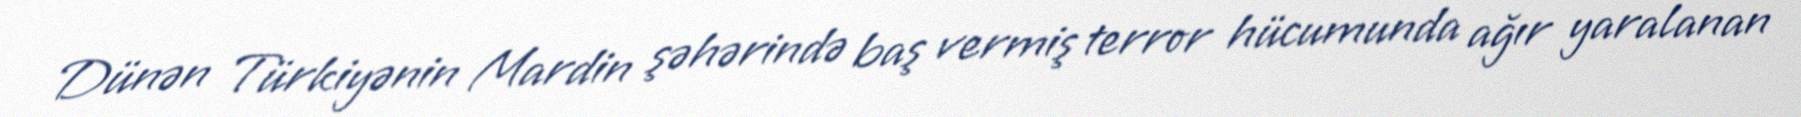
Dünən Türkiyənin Mardin şəhərində baş vermiş terror hücumunda ağır yaralanan